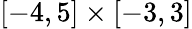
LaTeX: [-4,5]\times[-3,3]